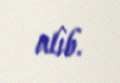
alıb.